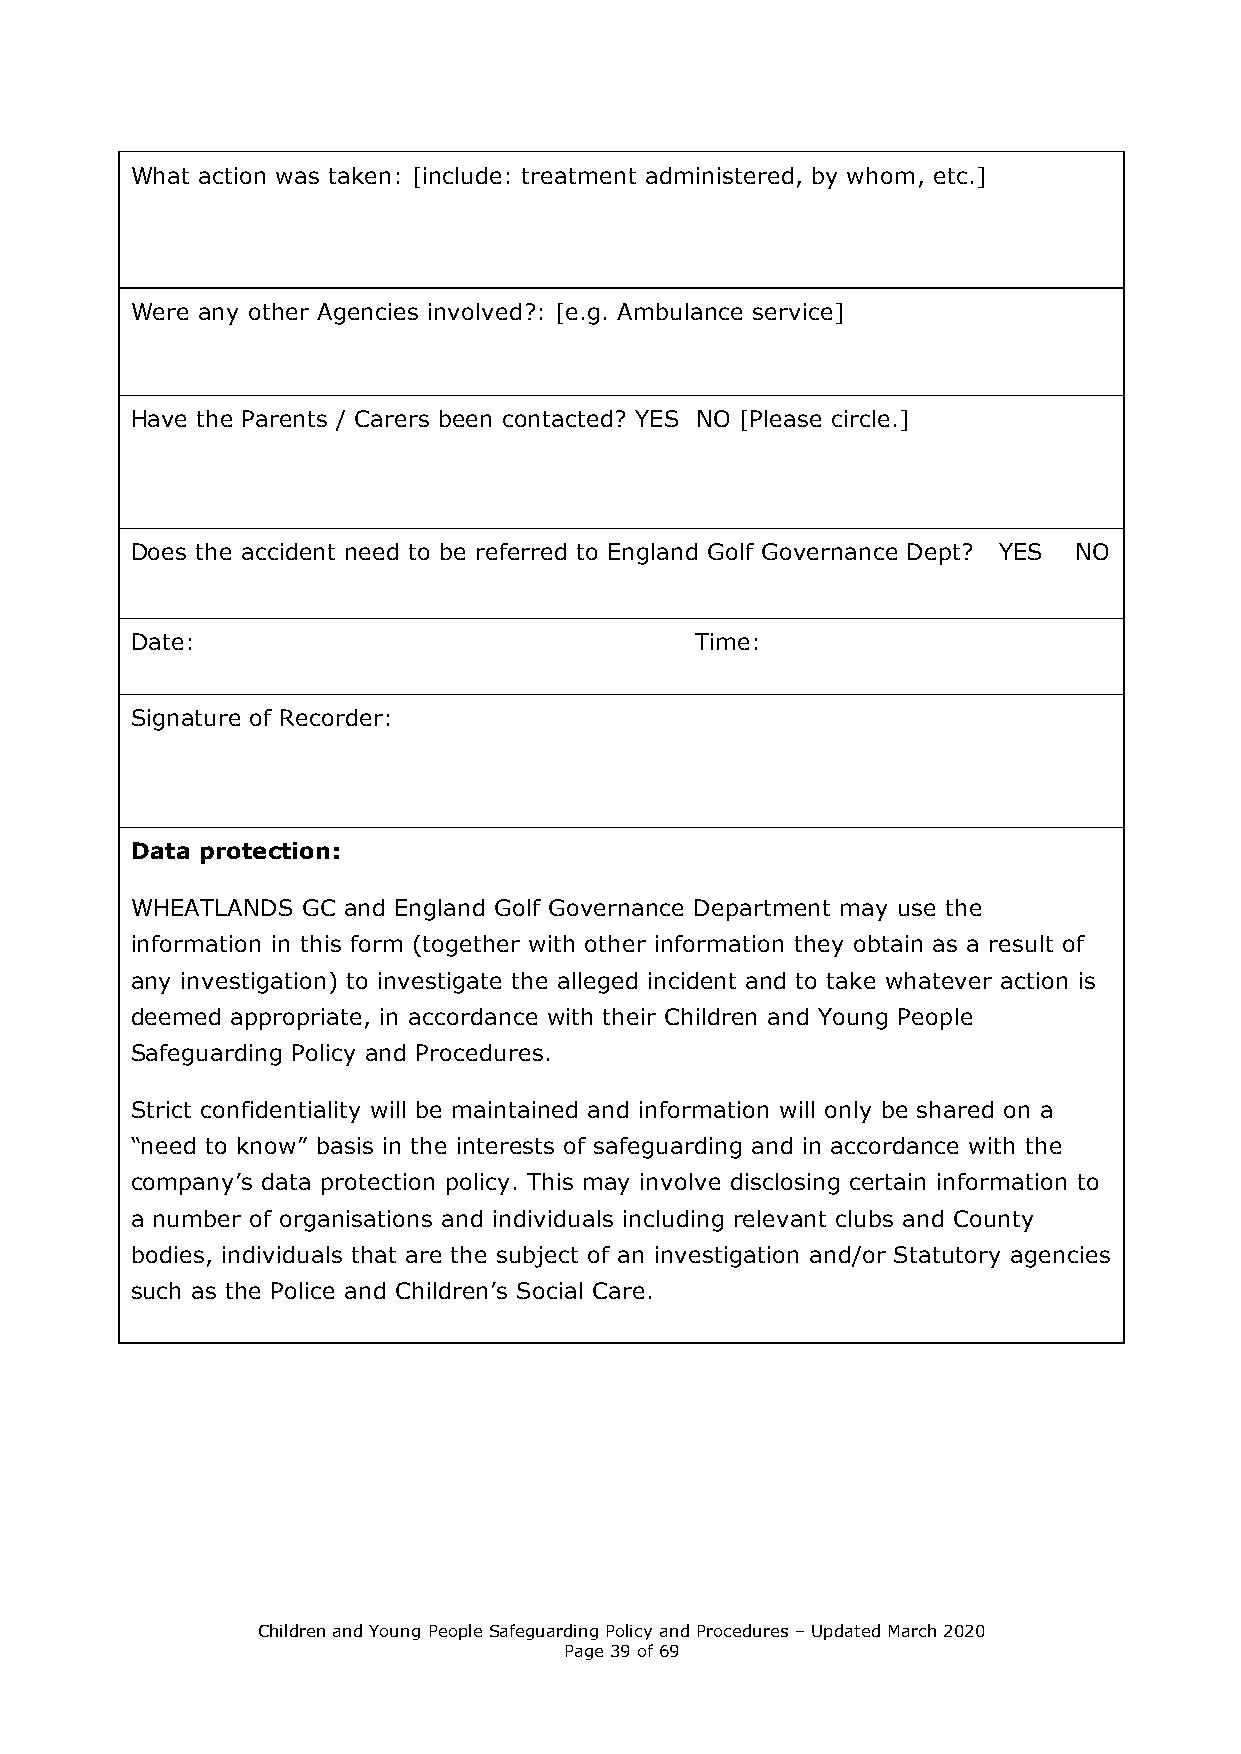
What action was taken: [include: treatment administered, by whom, etc.]
 Were any other Agencies involved?: [e.g. Ambulance service]
 Have the Parents / Carers been contacted? YES NO [Please circle.]
 Does the accident need to be referred to England Golf Governance Dept? YES NO
 Date:                                Time:
 Signature of Recorder:
 Data protection:
 WHEATLANDS GC and England Golf Governance Department may use the
 information in this form (together with other information they obtain as a result of
 any investigation) to investigate the alleged incident and to take whatever action is
 deemed appropriate, in accordance with their Children and Young People
 Safeguarding Policy and Procedures.
 Strict confidentiality will be maintained and information will only be shared on a
 “need to know” basis in the interests of safeguarding and in accordance with the
 company’s data protection policy. This may involve disclosing certain information to
 a number of organisations and individuals including relevant clubs and County
 bodies, individuals that are the subject of an investigation and/or Statutory agencies
 such as the Police and Children’s Social Care.
 Children and Young People Safeguarding Policy and Procedures – Updated March 2020
 Page 39 of 69